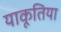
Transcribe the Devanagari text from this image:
याकूतिया